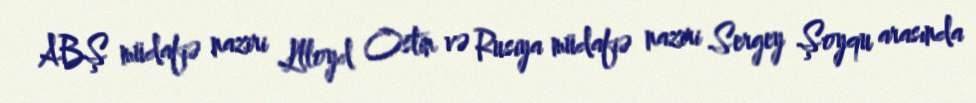
ABŞ müdafiə naziri Llloyd Ostin və Rusiya müdafiə naziri Sergey Şoyqu arasında